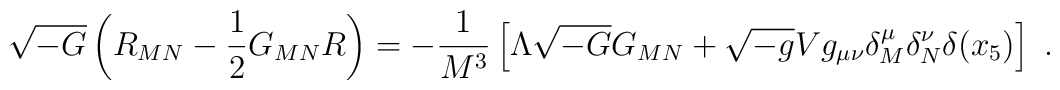
\sqrt{-G}\left(R_{MN}-\frac{1}{2}G_{MN}R\right)= -\frac{1}{M^3}\left[\Lambda\sqrt{-G}G_{MN}+\sqrt{-g}Vg_{\mu\nu}\delta^\mu_M\delta^\nu_N\delta(x_5)\right]~.